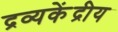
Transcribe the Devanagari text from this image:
द्रव्यकेंद्रीय